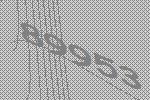
89953